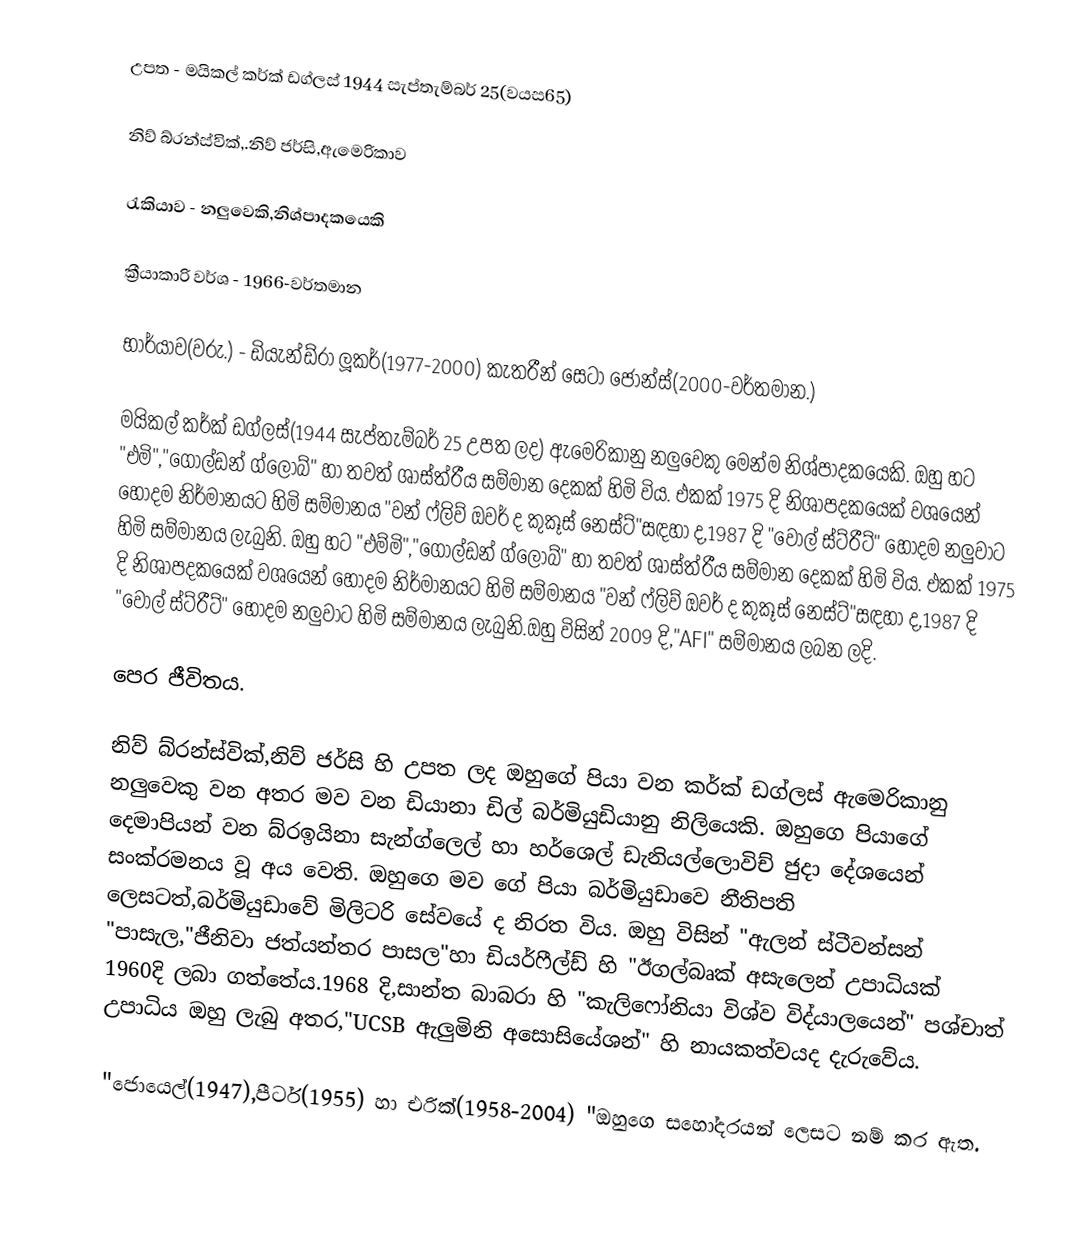
උපත		- මයිකල් කර්ක් ඩග්ලස් 1944 සැප්තැම්බර් 25(වයස65)

නිව් බ්රන්ස්වික්,.නිව් ජර්සි,ඇමෙරිකාව

රැකියාව	- නලුවෙකි,නිශ්පාදකයෙකි

ක්‍රීයාකාරි වර්ශ	- 1966-වර්තමාන

භාර්යාව(වරු.)	- ඩියැන්ඩ්රා ලූකර්(1977-2000) කැතරීන් සෙටා ජෝන්ස්(2000-වර්තමාන.)

මයිකල් කර්ක් ඩග්ලස්(1944 සැප්තැම්බර් 25 උපත ලද) ඇමෙරිකානු නලුවෙකු මෙන්ම නිශ්පාදකයෙකි. ඔහු හට "එමි","ගෝල්ඩන් ග්ලෝබ්" හා තවත් ශාස්ත්රීය සම්මාන දෙකක් හිමි විය. එකක් 1975 දි නිශාපදකයෙක් වශයෙන් හොදම නිර්මානයට හිමි සම්මානය "වන් ෆ්ලිව් ඔවර් ද කුකූස් නෙස්ට්"සඳහා ද,1987 දි "වෝල් ස්ට්රීට්" හොදම නලුවාට හිමි සම්මානය ලැබුනි. ඔහු හට "එම්මි","ගෝල්ඩන් ග්ලෝබ්" හා තවත් ශාස්ත්රීය සම්මාන දෙකක් හිමි විය. එකක් 1975 දි නිශාපදකයෙක් වශයෙන් හොදම නිර්මානයට හිමි සම්මානය "වන් ෆ්ලිව් ඔවර් ද කුකූස් නෙස්ට්"සඳහා ද,1987 දි "වෝල් ස්ට්රීට්" හොදම නලුවාට හිමි සම්මානය ලැබුනි.ඔහු විසින් 2009 දි,"AFI" සම්මානය ලබන ලදි.

පෙර ජීවිතය.

නිව් බ්රන්ස්වික්,නිව් ජර්සි හි උපත ලද ඔහුගේ පියා වන කර්ක් ඩග්ලස් ඇමෙරිකානු නලුවෙකු වන අතර මව වන ඩියානා ඩිල් බර්මියුඩියානු නිලියෙකි. ඔහුගෙ පියාගේ දෙමාපියන් වන බ්රඉයිනා සැන්ග්ලෙල් හා හර්ශෙල් ඩැනියල්ලොවිච් ජුදා දේශයෙන් සංක්රමනය වූ අය වෙති. ඔහුගෙ මව ගේ පියා බර්මියුඩාවෙ නීතිපති ලෙසටත්,බර්මියුඩාවේ මිලිටරි සේවයේ ද නිරත විය. ඔහු විසින් "ඇලන් ස්ටීවන්සන් "පාසැල,"ජීනිවා ජත්යන්තර පාසල"හා ඩියර්ෆීල්ඩ් හි "ඊගල්බෘක් අසැලෙන් උපාධියක් 1960දි ලබා ගත්තේය.1968 දි,සාන්ත බාබරා හි "කැලිෆෝනියා විශ්ව විද්යාලයෙන්" පශ්චාත් උපාධිය ඔහු ලැබු අතර,"UCSB ඇලුමිනි අසොසියේශන්" හි නායකත්වයද දැරුවේය.

"ජොයෙල්(1947),පීටර්(1955) හා එරික්(1958-2004) "ඔහුගෙ සහෝදරයන් ලෙසට නම් කර ඇත.